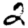
Digit: 2